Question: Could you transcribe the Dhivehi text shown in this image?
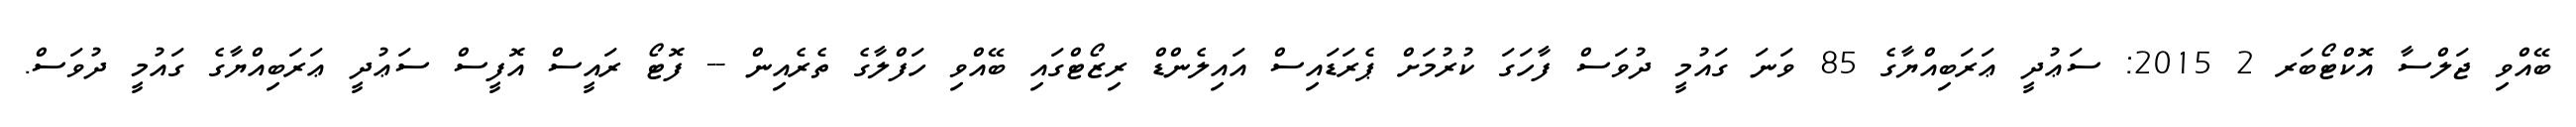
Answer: ބޭއްވި ޖަލްސާ އޮކްޓޯބަރ 2 2015: ސަޢުދީ ޢަރަބިއްޔާގެ 85 ވަނަ ގައުމީ ދުވަސް ފާހަގަ ކުރުމަށް ޕެރަޑައިސް އައިލެންޑް ރިޒޯޓްގައި ބޭއްވި ހަފްލާގެ ތެރެއިން -- ފޮޓޯ ރައީސް އޮފީސް ސަޢުދީ ޢަރަބިއްޔާގެ ގައުމީ ދުވަސް.